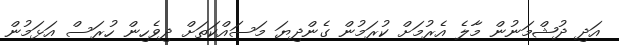
އަދި ދުޝްމަނުން މާލެ އެރުމަށް ކުރަމުން ގެންދިޔަ މަސައްކަތަށް ދިވެހިން ހުރަސް އަޅަމުން